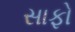
સાફો